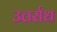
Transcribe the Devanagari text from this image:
उत्तर्राध